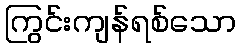
ကြွင်းကျန်ရစ်သော